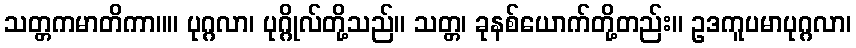
သတ္တကမာတိကာ။။ ပုဂ္ဂလာ၊ ပုဂ္ဂိုလ်တို့သည်။ သတ္တ၊ ခုနစ်ယောက်တို့တည်း။ ဥဒကူပမာပုဂ္ဂလာ၊